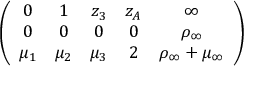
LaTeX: \left( \begin{array} { c c c c c } { { 0 } } & { { 1 } } & { { z _ { 3 } } } & { { z _ { A } } } & { { \infty } } \\ { { 0 } } & { { 0 } } & { { 0 } } & { { 0 } } & { { \rho _ { \infty } } } \\ { { \mu _ { 1 } } } & { { \mu _ { 2 } } } & { { \mu _ { 3 } } } & { { 2 } } & { { \rho _ { \infty } + \mu _ { \infty } } } \end{array} \right)